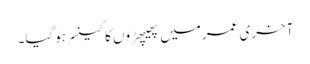
آخری عمرمیں پھیپھڑوں کا کینسر ہوگیا۔